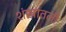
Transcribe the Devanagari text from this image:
शंखातली